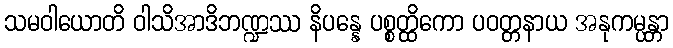
သမဝါယောတိ ဝါသိအာဒိဘဏ္ဍဿ နိပန္နေ ပစ္စတ္ထိကော ပဝတ္တနာယ အနုကမ္ပန္တာ